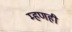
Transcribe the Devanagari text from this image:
म्हणही